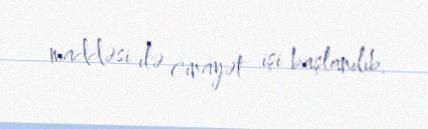
maddəsi ilə cinayət işi başlanılıb.